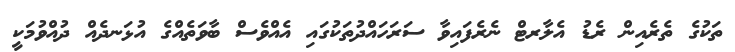
ތަކުގެ ތެރެއިން ރެޑު އެލާރޓް ނެރެފައިވާ ސަރަހައްދުތަކުގައި އެއްވެސް ބާވަތެއްގެ އުޅަނދެއް ދުއްވުމަކީ